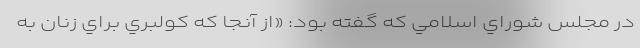
در مجلس شوراي اسلامي كه گفته بود: «از آنجا كه كولبري براي زنان به